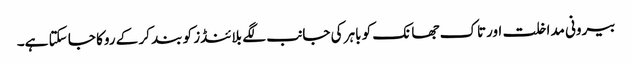
بیرونی مداخلت اورتاک جھانک کو باہر کی جانب لگے بلائنڈز کو بند کر کے روکا جا سکتا ہے۔